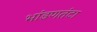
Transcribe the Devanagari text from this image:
भांडणतंटा